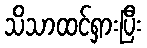
သိသာထင်ရှားပြီး